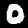
Label: 0